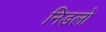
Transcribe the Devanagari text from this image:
निडलो